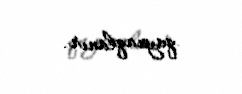
qaynaqlanır.